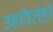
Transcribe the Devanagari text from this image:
उडविलेही